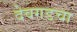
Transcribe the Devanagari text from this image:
देवगडचा